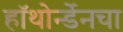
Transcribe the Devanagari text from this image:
हॉथोर्न्डेनचा